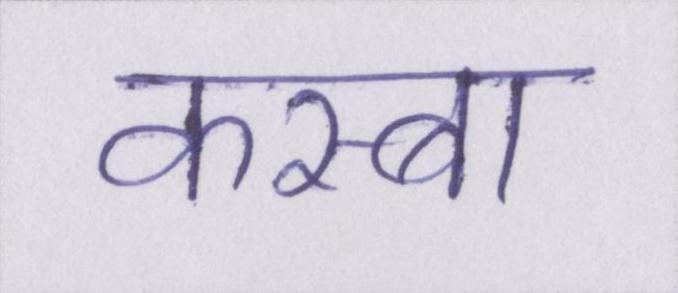
कस्बा